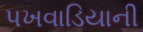
પખવાડિયાની